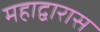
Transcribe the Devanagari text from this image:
महाद्वारास